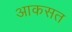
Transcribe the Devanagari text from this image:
आकसत